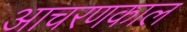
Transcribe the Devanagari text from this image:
आचरणकाल